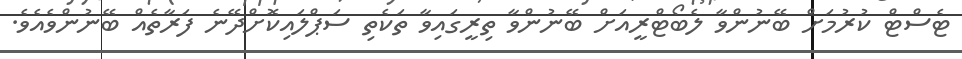
ޓެސްޓް ކުރުމަށް ބޭނުންވާ ލެބޯޓްރީއަށް ބޭނުންވާ ތިރީގައިވާ ތަކެތި ސަޕްލައިކޮށްދޭނެ ފަރާތެއް ބޭނުންވެއެވެ.